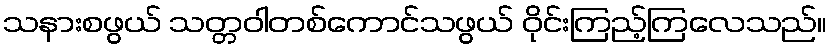
သနားစဖွယ် သတ္တဝါတစ်ကောင်သဖွယ် ဝိုင်းကြည့်ကြလေသည်။